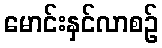
မောင်းနှင်လာစဉ်